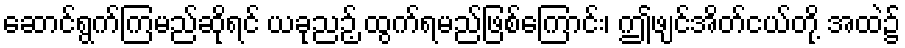
ဆောင်ရွက်ကြမည်ဆိုရင် ယခုညဉ့် ထွက်ရမည်ဖြစ်ကြောင်း၊ ဤဖျင်အိတ်ငယ်တို့ အထဲ၌